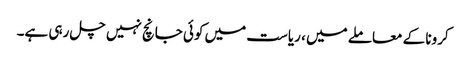
کرونا کے معاملے میں ، ریاست میں کوئی جانچ نہیں چل رہی ہے۔